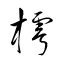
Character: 樗